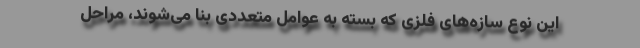
این نوع سازه‌های فلزی که بسته به عوامل متعددی بنا می‌شوند، مراحل